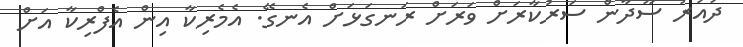
ދައުރު ސޫދާން ސަރުކާރަށް ވަރަށް ރަނގަޅަށް އެނގޭ. އެމެރިކާ އިން އެފްރިކާ އަށް